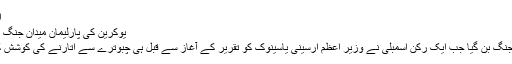
ان بالوں کو یا تو چپکا دیا جاتا تھا، یا ...
یوکرین کی پارلیمان میدان جنگ بن گئی وجود - اتوار 13 دسمبر 2015
یوکرین کی پارلیمان کا ایوان بالا میدان جنگ بن گیا جب ایک رکن اسمبلی نے وزیر اعظم ارسینی یاسینوک کو تقریر کے آغاز سے قبل ہی چبوترے سے اتارنے کی کوشش کی جس پر زبردست ہنگامہ آرائی ہوئی۔